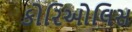
કોરિઓલિસ